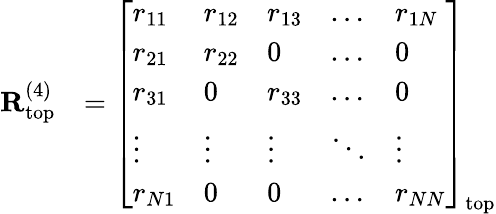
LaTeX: \begin{array}{rl}{\mathbf{R}_{\mathrm{top}}^{(4)}}&{=\left[\begin{array}{lllll}{r_{11}}&{r_{12}}&{r_{13}}&{\dots}&{r_{1N}}\\ {r_{21}}&{r_{22}}&{0}&{\dots}&{0}\\ {r_{31}}&{0}&{r_{33}}&{\dots}&{0}\\ {\vdots}&{\vdots}&{\vdots}&{\ddots}&{\vdots}\\ {r_{N1}}&{0}&{0}&{\dots}&{r_{NN}}\end{array}\right]_{\mathrm{top}}}\end{array}